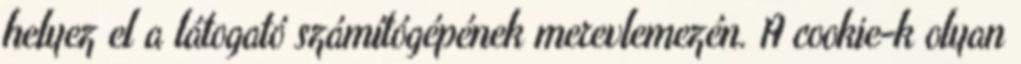
helyez el a látogató számítógépének merevlemezén. A cookie-k olyan